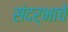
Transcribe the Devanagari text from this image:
संदर्भाचे